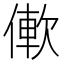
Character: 𫣑